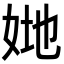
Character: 𡜤